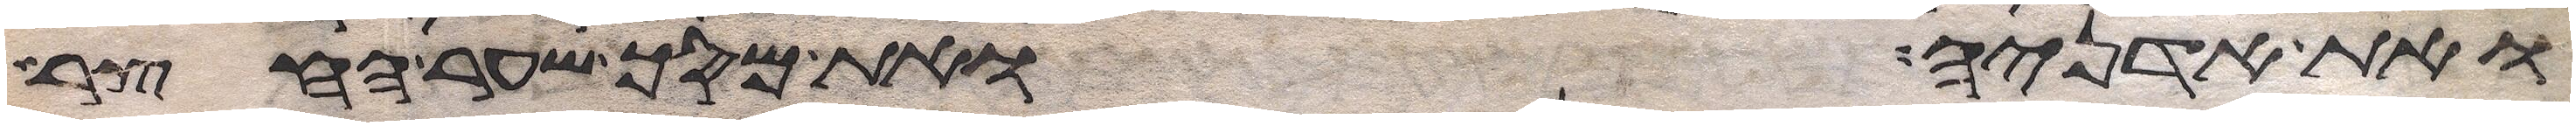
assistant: ואת אדניה ואת מסך שער החצר